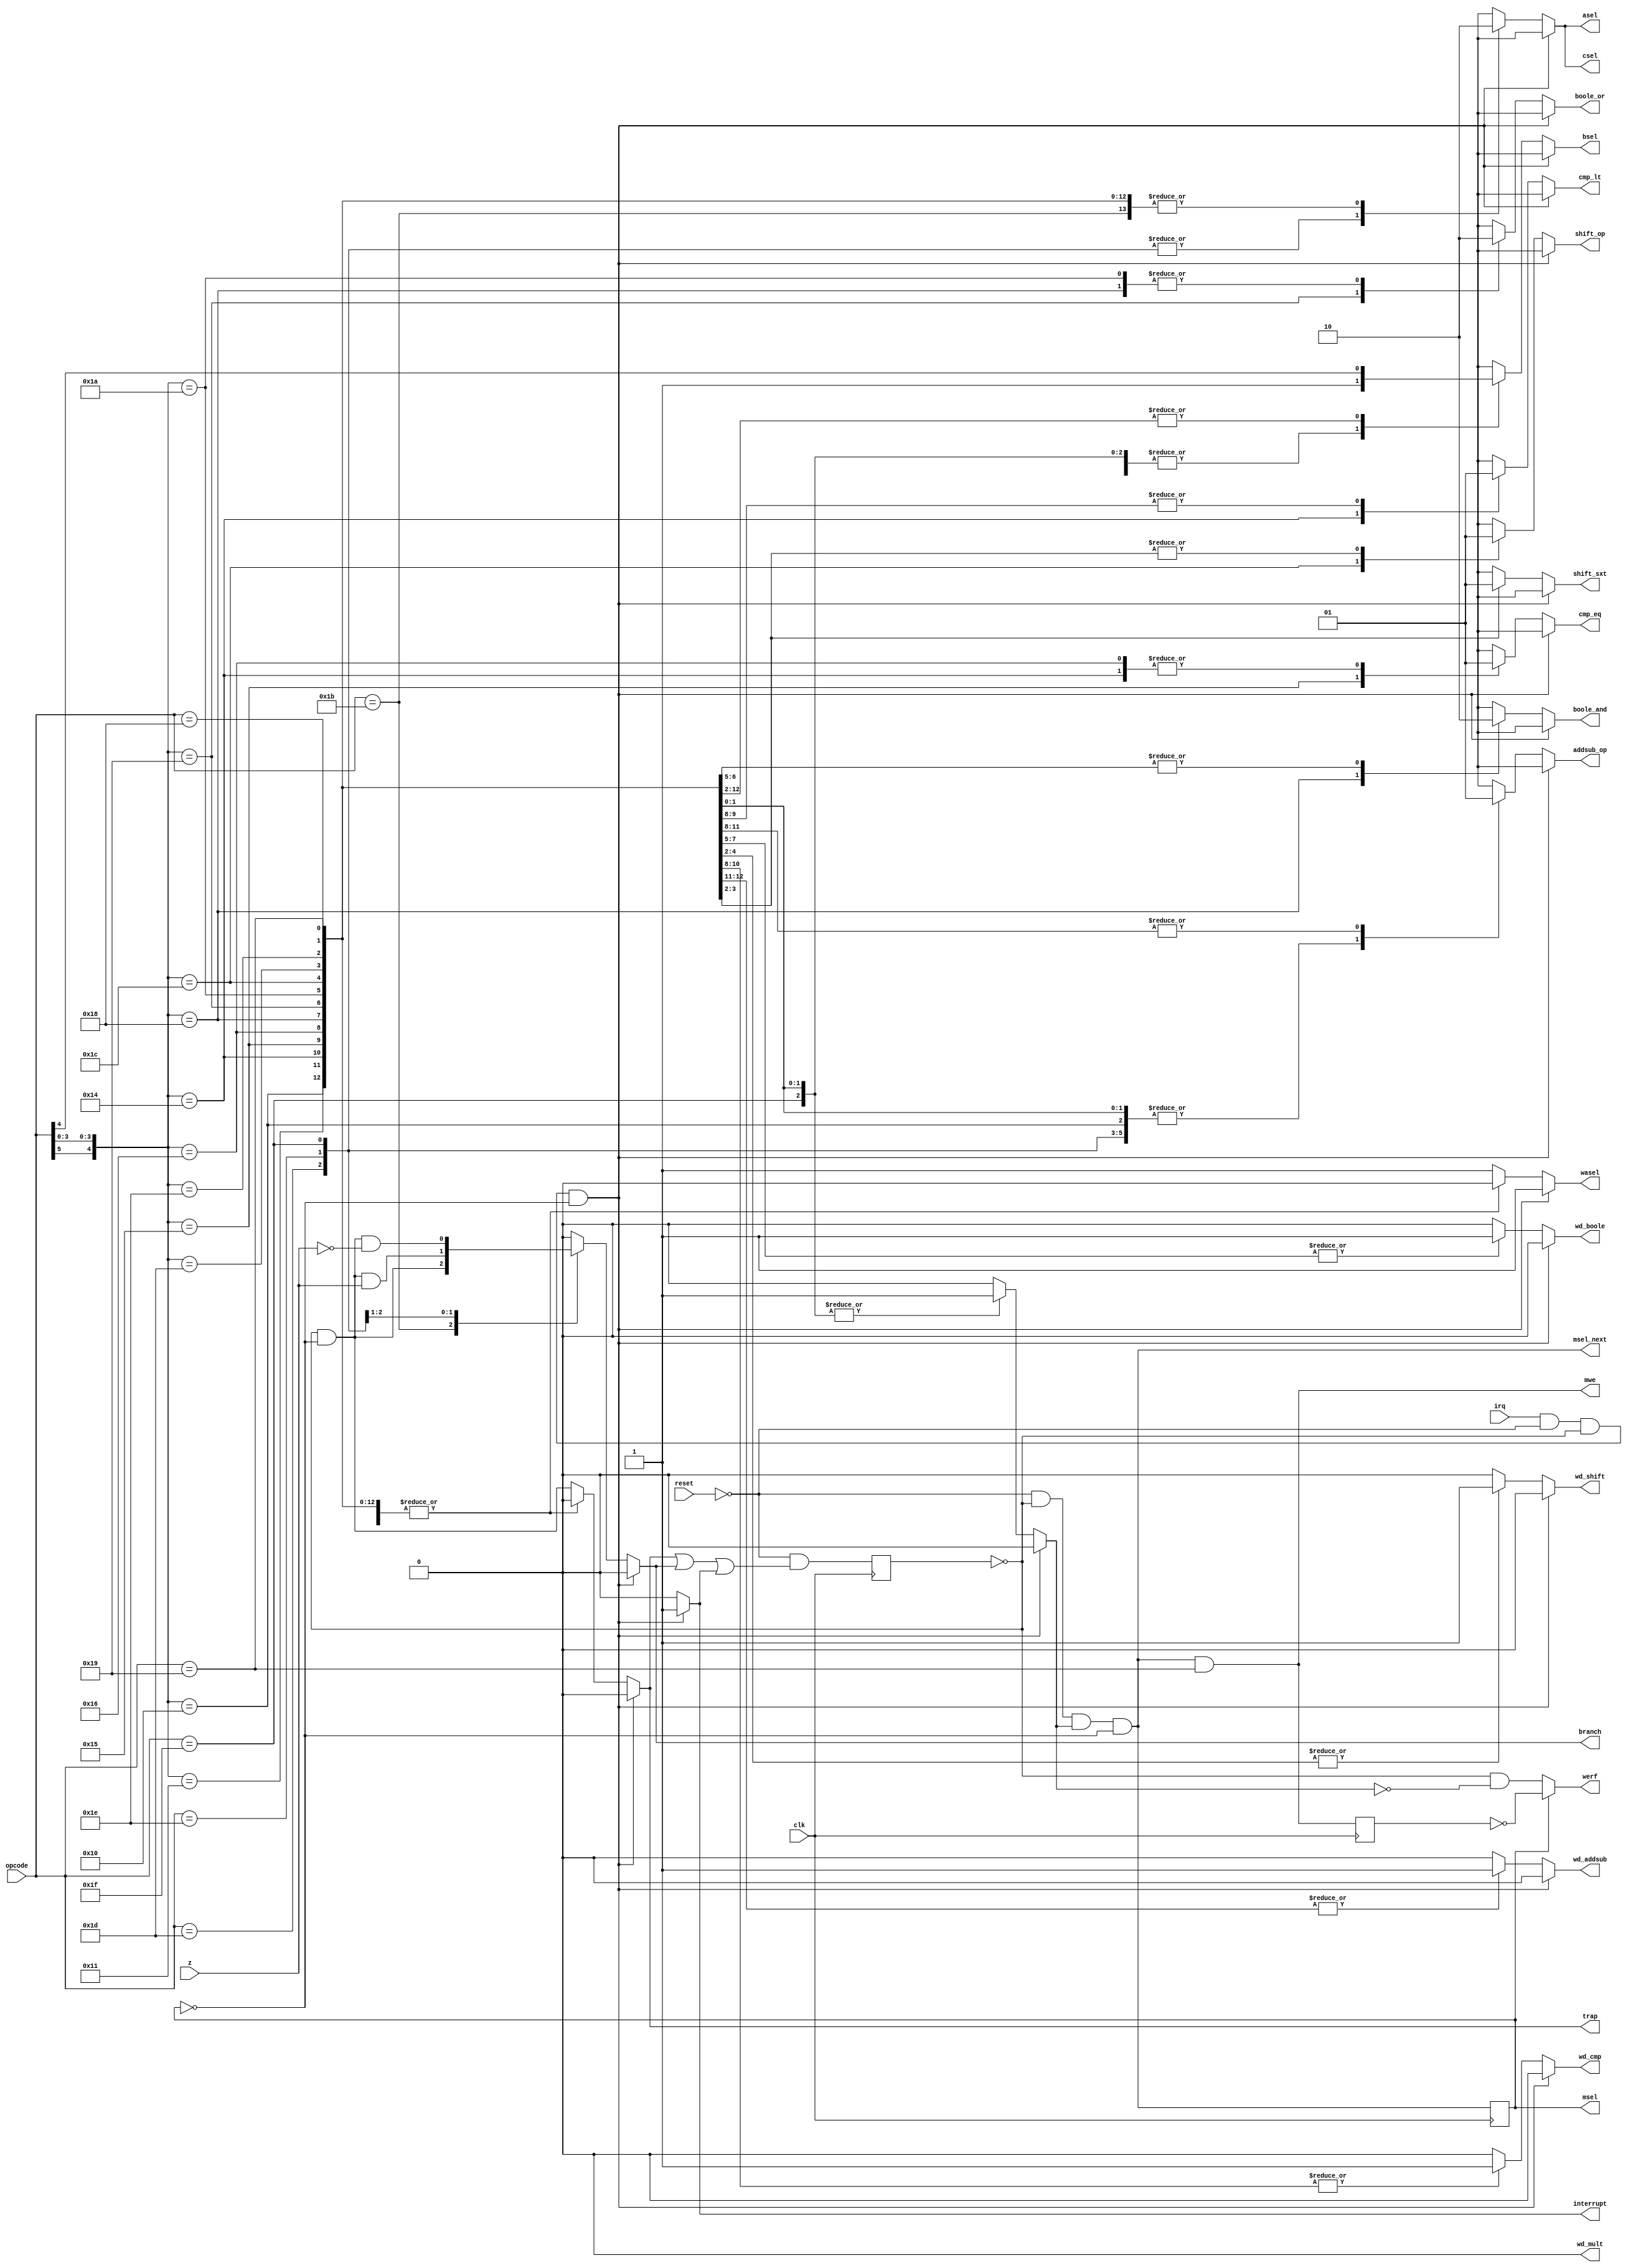
module decode(clk,reset,irq,z,opcode,
              asel,bsel,csel,wasel,werf,msel,msel_next,mwe,
              addsub_op,cmp_lt,cmp_eq,
              shift_op,shift_sxt,boole_and,boole_or,
              wd_addsub,wd_cmp,wd_shift,wd_boole,wd_mult,
	      branch,trap,interrupt);
  input clk,reset,irq,z;
  input [5:0] opcode;
  output asel,bsel,csel,wasel,werf,msel,msel_next,mwe;
  output addsub_op,shift_op,shift_sxt,cmp_lt,cmp_eq,boole_and,boole_or;
  output wd_addsub,wd_cmp,wd_shift,wd_boole,wd_mult;
  output branch,trap,interrupt;

  reg asel,bsel,csel,wasel,mem_next;
  reg addsub_op,shift_op,shift_sxt,cmp_lt,cmp_eq,boole_and,boole_or;
  reg wd_addsub,wd_cmp,wd_shift,wd_boole,wd_mult;
  reg branch,trap,interrupt;

  // a little bit of state...
  reg annul,msel,mwrite;

  always @ (opcode or z or annul or msel or irq or reset)
  begin
    // initial assignments for all control signals
    asel = 1'hx;
    bsel = 1'hx;
    csel = 1'hx;
    addsub_op = 1'hx;
    shift_op = 1'hx;
    shift_sxt = 1'hx;
    cmp_lt = 1'hx;
    cmp_eq = 1'hx;
    boole_and = 1'hx;
    boole_or = 1'hx;

    wasel = 0;
    mem_next = 0;

    wd_addsub = 0;
    wd_cmp = 0;
    wd_shift = 0;
    wd_boole = 0;
    wd_mult = 0;

    branch = 0;
    trap = 0;
    interrupt = 0;

    if (irq && !reset && !annul && !msel) begin
      interrupt = 1;
      wasel = 1;
    end else casez (opcode)
      6'b011000: begin   // LD
                   asel = 0; bsel = 1; csel = 0;
                   addsub_op = 0;
		   mem_next = 1;
                 end
      6'b011001: begin   // ST
                   asel = 0; bsel = 1; csel = 0;
                   addsub_op = 0;
		   mem_next = 1;
                 end
      6'b011011: begin   // JMP
                   asel = 0; bsel = 1; csel = 0;
                   addsub_op = 0;
                   branch = !annul && !msel;
                 end
      6'b011101: begin   // BEQ
                   asel = 1; bsel = 1; csel = 1;
                   addsub_op = 0;
                   branch = !annul && !msel && z;
                 end
      6'b011110: begin   // BNE
                   asel = 1; bsel = 1; csel = 1;
                   addsub_op = 0;
                   branch = !annul && !msel && ~z;
                 end
      6'b011111: begin   // LDR
                   asel = 1; bsel = 1; csel = 1;
                   addsub_op = 0;
		   mem_next = 1;
                 end
      6'b1?0000: begin   // ADD, ADDC
                   asel = 0; bsel = opcode[4]; csel = 0;
                   addsub_op = 0;
                   wd_addsub = 1;
                 end
      6'b1?0001: begin   // SUB, SUBC
                   asel = 0; bsel = opcode[4]; csel = 0;
                   addsub_op = 1;
                   wd_addsub = 1;
                 end
      //6'b1?0010: begin   // MUL, MULC
      //             asel = 0; bsel = opcode[4]; csel = 0;
      //             wd_mult = 1;
      //           end
      6'b1?0100: begin   // CMPEQ, CMPEQC
                   asel = 0; bsel = opcode[4]; csel = 0;
                   addsub_op = 1;
		   cmp_eq = 1; cmp_lt = 0;
                   wd_cmp = 1;
                 end
      6'b1?0101: begin   // CMPLT, CMPLTC
                   asel = 0; bsel = opcode[4]; csel = 0;
                   addsub_op = 1;
		   cmp_eq = 0; cmp_lt = 1;
                   wd_cmp = 1;
                 end
      6'b1?0110: begin   // CMPLE, CMPLEC
                   asel = 0; bsel = opcode[4]; csel = 0;
                   addsub_op = 1;
		   cmp_eq = 1; cmp_lt = 1;
                   wd_cmp = 1;
                 end
      6'b1?1000: begin   // AND, ANDC
                   asel = 0; bsel = opcode[4]; csel = 0;
                   boole_and = 1; boole_or = 0;
                   wd_boole = 1;
                 end
      6'b1?1001: begin   // OR, ORC
                   asel = 0; bsel = opcode[4]; csel = 0;
                   boole_and = 0; boole_or = 1;
                   wd_boole = 1;
                 end
      6'b1?1010: begin   // XOR, XORC
                   asel = 0; bsel = opcode[4]; csel = 0;
                   boole_and = 0; boole_or = 0;
                   wd_boole = 1;
                 end
      6'b1?1100: begin   // SHL, SHLC
                   asel = 0; bsel = opcode[4]; csel = 0;
                   shift_op = 0;
                   wd_shift = 1;
                 end
      6'b1?1101: begin   // SHR, SHRC
                   asel = 0; bsel = opcode[4]; csel = 0;
                   shift_op = 1; shift_sxt = 0;
                   wd_shift = 1;
                 end
      6'b1?1110: begin   // SRA, SRAC
                   asel = 0; bsel = opcode[4]; csel = 0;
                   shift_op = 1; shift_sxt = 1;
                   wd_shift = 1;
                 end
      default:   begin   // illegal opcode
                   trap = !annul && !msel; wasel = 1;
                 end
    endcase
  end

  // state
  wire msel_next = !reset && !annul && mem_next && !msel;
  wire mwrite_next = msel_next && opcode==6'b011001;
 
  always @ (posedge clk)
  begin
    annul <= !reset && (trap || branch || interrupt);
    msel <= msel_next;
    mwrite <= mwrite_next;
  end

  assign mwe = mwrite_next;   // assume synchronous memory
  assign werf = msel ? !mwrite : (!annul & !mem_next);
endmodule